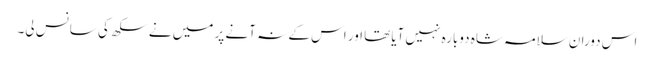
اس دوران سلامہ شاہ دوبارہ نہیں آیاتھا اور اس کے نہ آنے پر میں نے سکھ کی سانس لی۔